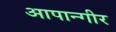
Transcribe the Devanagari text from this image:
आपान्गीर